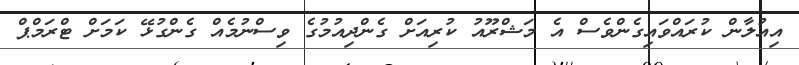
އިއުލާން ކުރައްވައިގެންވެސް އެ މަޝްރޫއު ކުރިއަށް ގެންދިއުމުގެ ވިސްނުމެއް ގެންގުޅޭ ކަމަށް ޓްރަމްޕް